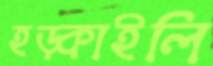
হড়্‌কাইলি